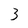
Character: 3